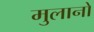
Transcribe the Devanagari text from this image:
मुलानो